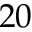
2 0